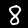
Digit: 8